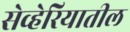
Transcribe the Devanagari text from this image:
सेव्हेरियातील